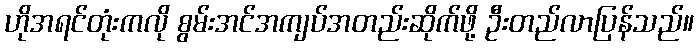
ဟိုအရင်တုံးကလို စွမ်းအင်အကျပ်အတည်းဆိုက်ဖို့ ဦးတည်လာပြန်သည်။